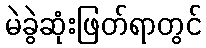
မဲခွဲဆုံးဖြတ်ရာတွင်